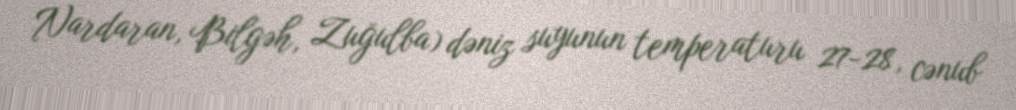
Nardaran, Bilgəh, Zuğulba) dəniz suyunun temperaturu 27-28, cənub